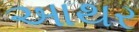
આથર